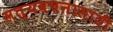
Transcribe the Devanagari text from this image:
सत्यवचनासाठी